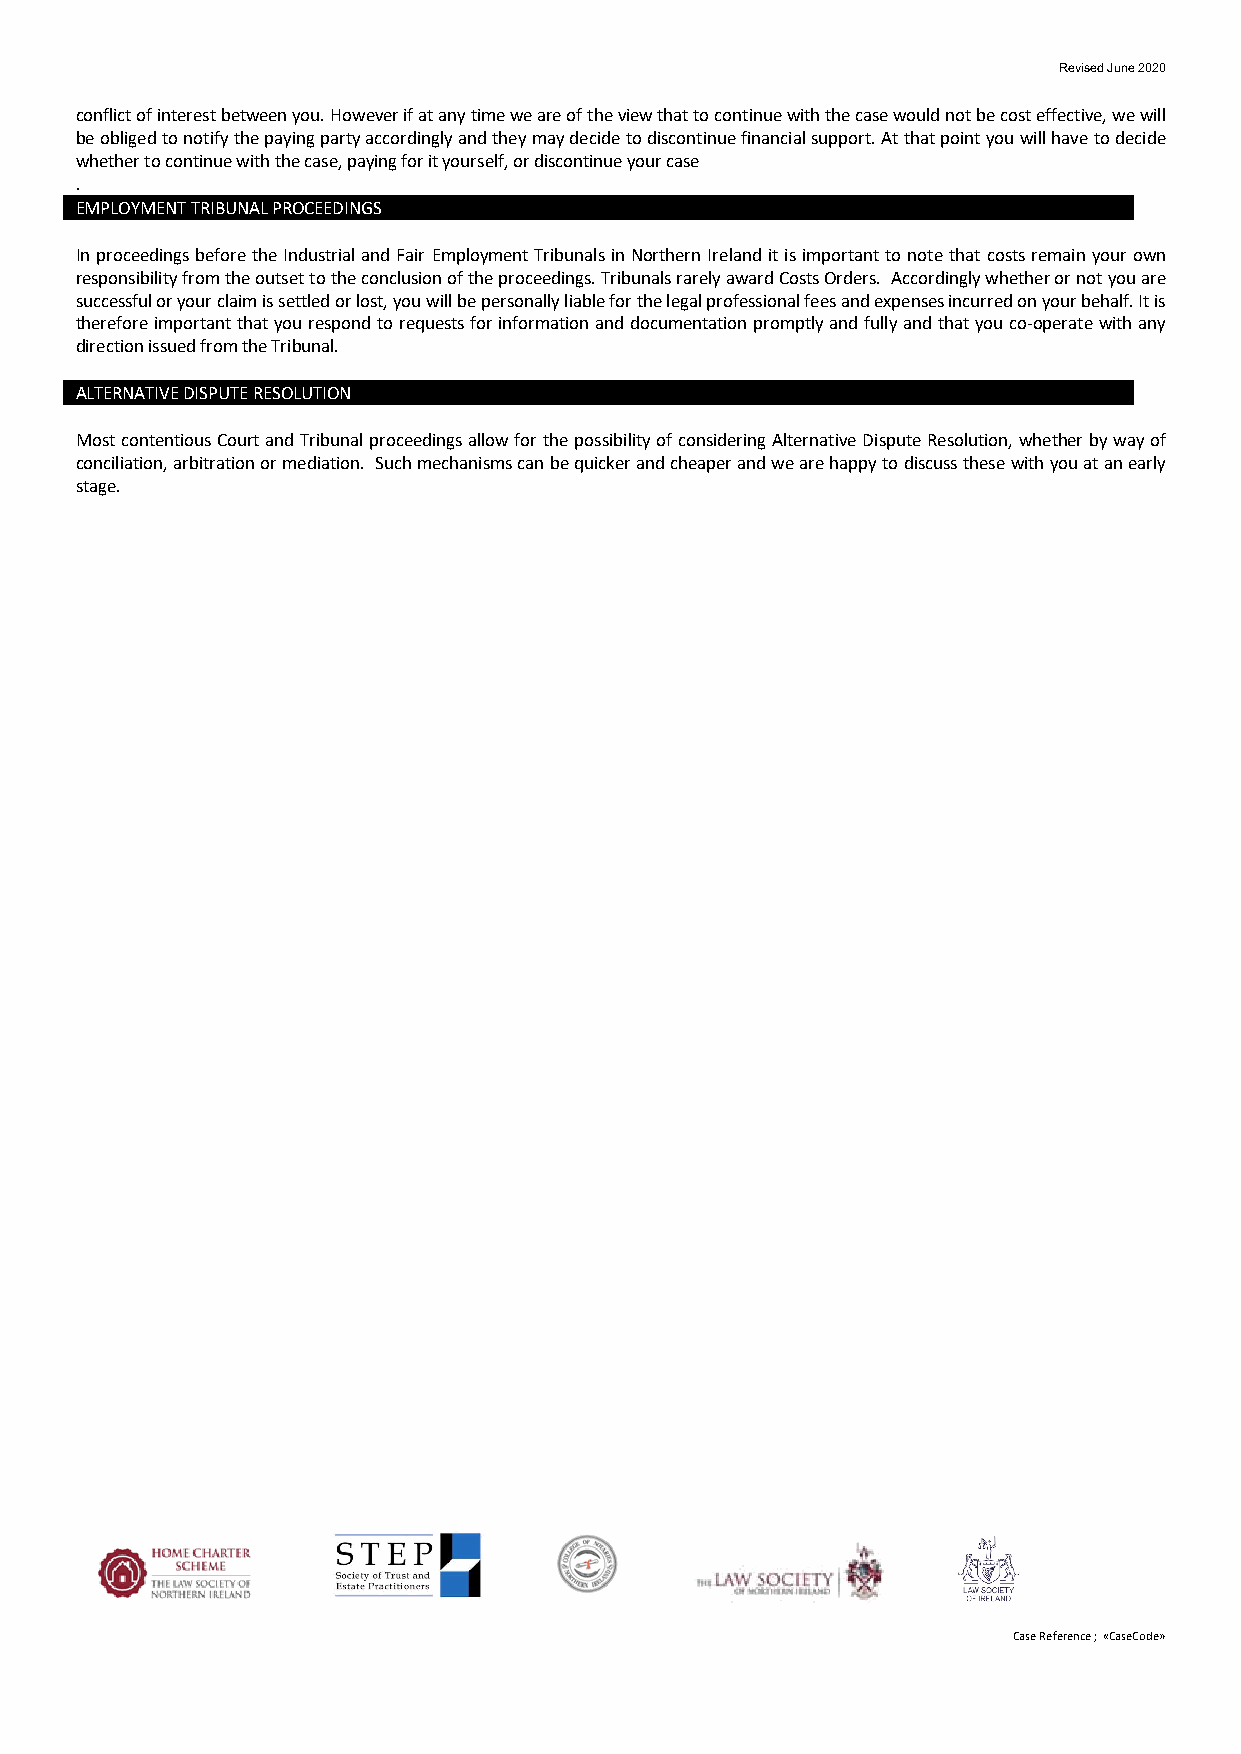
Revised June 2020
 conflict of interest between you. However if at any time we are of the view that to continue with the case would not be cost effective, we will
 be obliged to notify the paying party accordingly and they may decide to discontinue financial support. At that point you will have to decide
 whether to continue with the case, paying for it yourself, or discontinue your case
 .
 EMPLOYMENT TRIBUNAL PROCEEDINGS
 In proceedings before the Industrial and Fair Employment Tribunals in Northern Ireland it is important to note that costs remain your own
 responsibility from the outset to the conclusion of the proceedings. Tribunals rarely award Costs Orders. Accordingly whether or not you are
 successful or your claim is settled or lost, you will be personally liable for the legal professional fees and expenses incurred on your behalf. It is
 therefore important that you respond to requests for information and documentation promptly and fully and that you co-operate with any
 direction issued from the Tribunal.
 ALTERNATIVE DISPUTE RESOLUTION
 Most contentious Court and Tribunal proceedings allow for the possibility of considering Alternative Dispute Resolution, whether by way of
 conciliation, arbitration or mediation. Such mechanisms can be quicker and cheaper and we are happy to discuss these with you at an early
 stage.
 Case Reference ; «CaseCode»